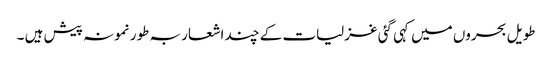
طویل بحروں میں کہی گئی غزلیات کے چند اشعار بہ طور نمونہ پیش ہیں ۔